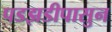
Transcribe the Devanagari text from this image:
पडझडीपासुन